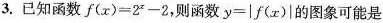
3.已知函数$$f ( x ) = 2 x - 2$$，则函数 $$y =\left |f（x） \right | $$的图象可能是